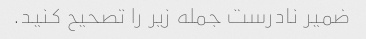
ضمیر نادرست جمله زیر را تصحیح کنید.